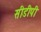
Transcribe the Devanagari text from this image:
सीडीपी